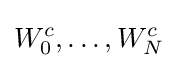
W_{0}^{c},\dots ,W_{N}^{c}